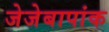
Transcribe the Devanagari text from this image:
जेजेबापांक